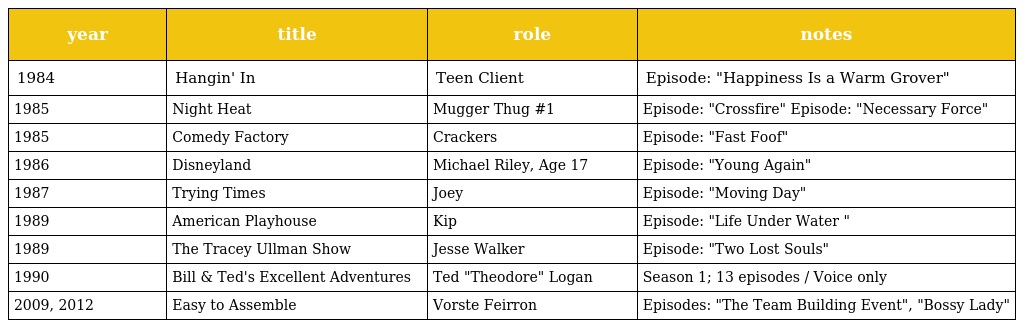
| year | title | role | notes |
 | --- | --- | --- | --- |
 | 1984 | Hangin' In | Teen Client | Episode: "Happiness Is a Warm Grover" |
 | 1985 | Night Heat | Mugger Thug #1 | Episode: "Crossfire" Episode: "Necessary Force" |
 | 1985 | Comedy Factory | Crackers | Episode: "Fast Foof" |
 | 1986 | Disneyland | Michael Riley, Age 17 | Episode: "Young Again" |
 | 1987 | Trying Times | Joey | Episode: "Moving Day" |
 | 1989 | American Playhouse | Kip | Episode: "Life Under Water " |
 | 1989 | The Tracey Ullman Show | Jesse Walker | Episode: "Two Lost Souls" |
 | 1990 | Bill & Ted's Excellent Adventures | Ted "Theodore" Logan | Season 1; 13 episodes / Voice only |
 | 2009, 2012 | Easy to Assemble | Vorste Feirron | Episodes: "The Team Building Event", "Bossy Lady" |